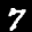
Label: 7